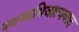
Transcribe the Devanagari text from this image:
नवआभिजात्यवाद